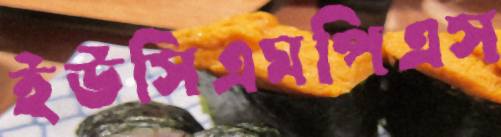
ইউসিএমপিএস